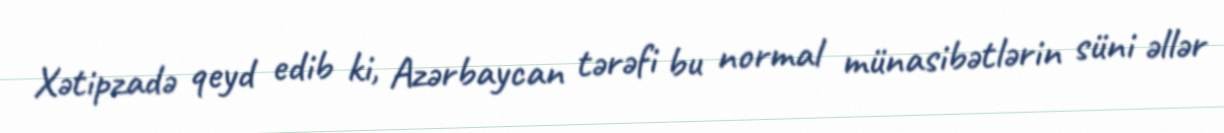
Xətipzadə qeyd edib ki, Azərbaycan tərəfi bu normal münasibətlərin süni əllər